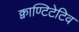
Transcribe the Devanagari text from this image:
क्वाण्टिटेटिव